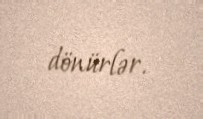
dönürlər.